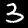
Label: 3